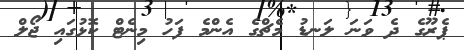
ޕެރޫގެ ދެ ވަނަ ލަނޑު މެޗްގެ އެންމެ ފަހު މިނެޓް ކޮޅުގައި ޖޯލް